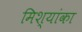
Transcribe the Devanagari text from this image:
मिश्यांका